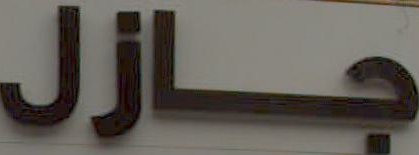
جازل